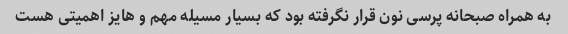
به همراه صبحانه پرسی نون قرار نگرفته بود که بسیار مسیله مهم و هایز اهمیتی هست